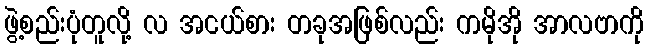
ဖွဲ့စည်းပုံတူလို့ လ အငယ်စား တခုအဖြစ်လည်း ကမိုအို အာလဗာကို